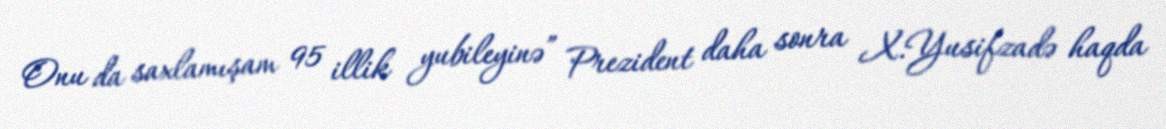
Onu da saxlamışam 95 illik yubileyinə” Prezident daha sonra X.Yusifzadə haqda